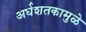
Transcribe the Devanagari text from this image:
अर्धशतकामुळे